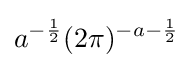
a^{-{\frac {1}{2}}}(2\pi )^{-a-{\frac {1}{2}}}